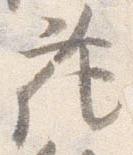
花